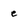
Character: e